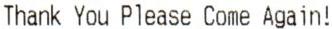
THANK YOU PLEASE COME AGAIN!